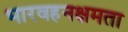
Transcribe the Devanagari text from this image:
भारवहनक्षमता